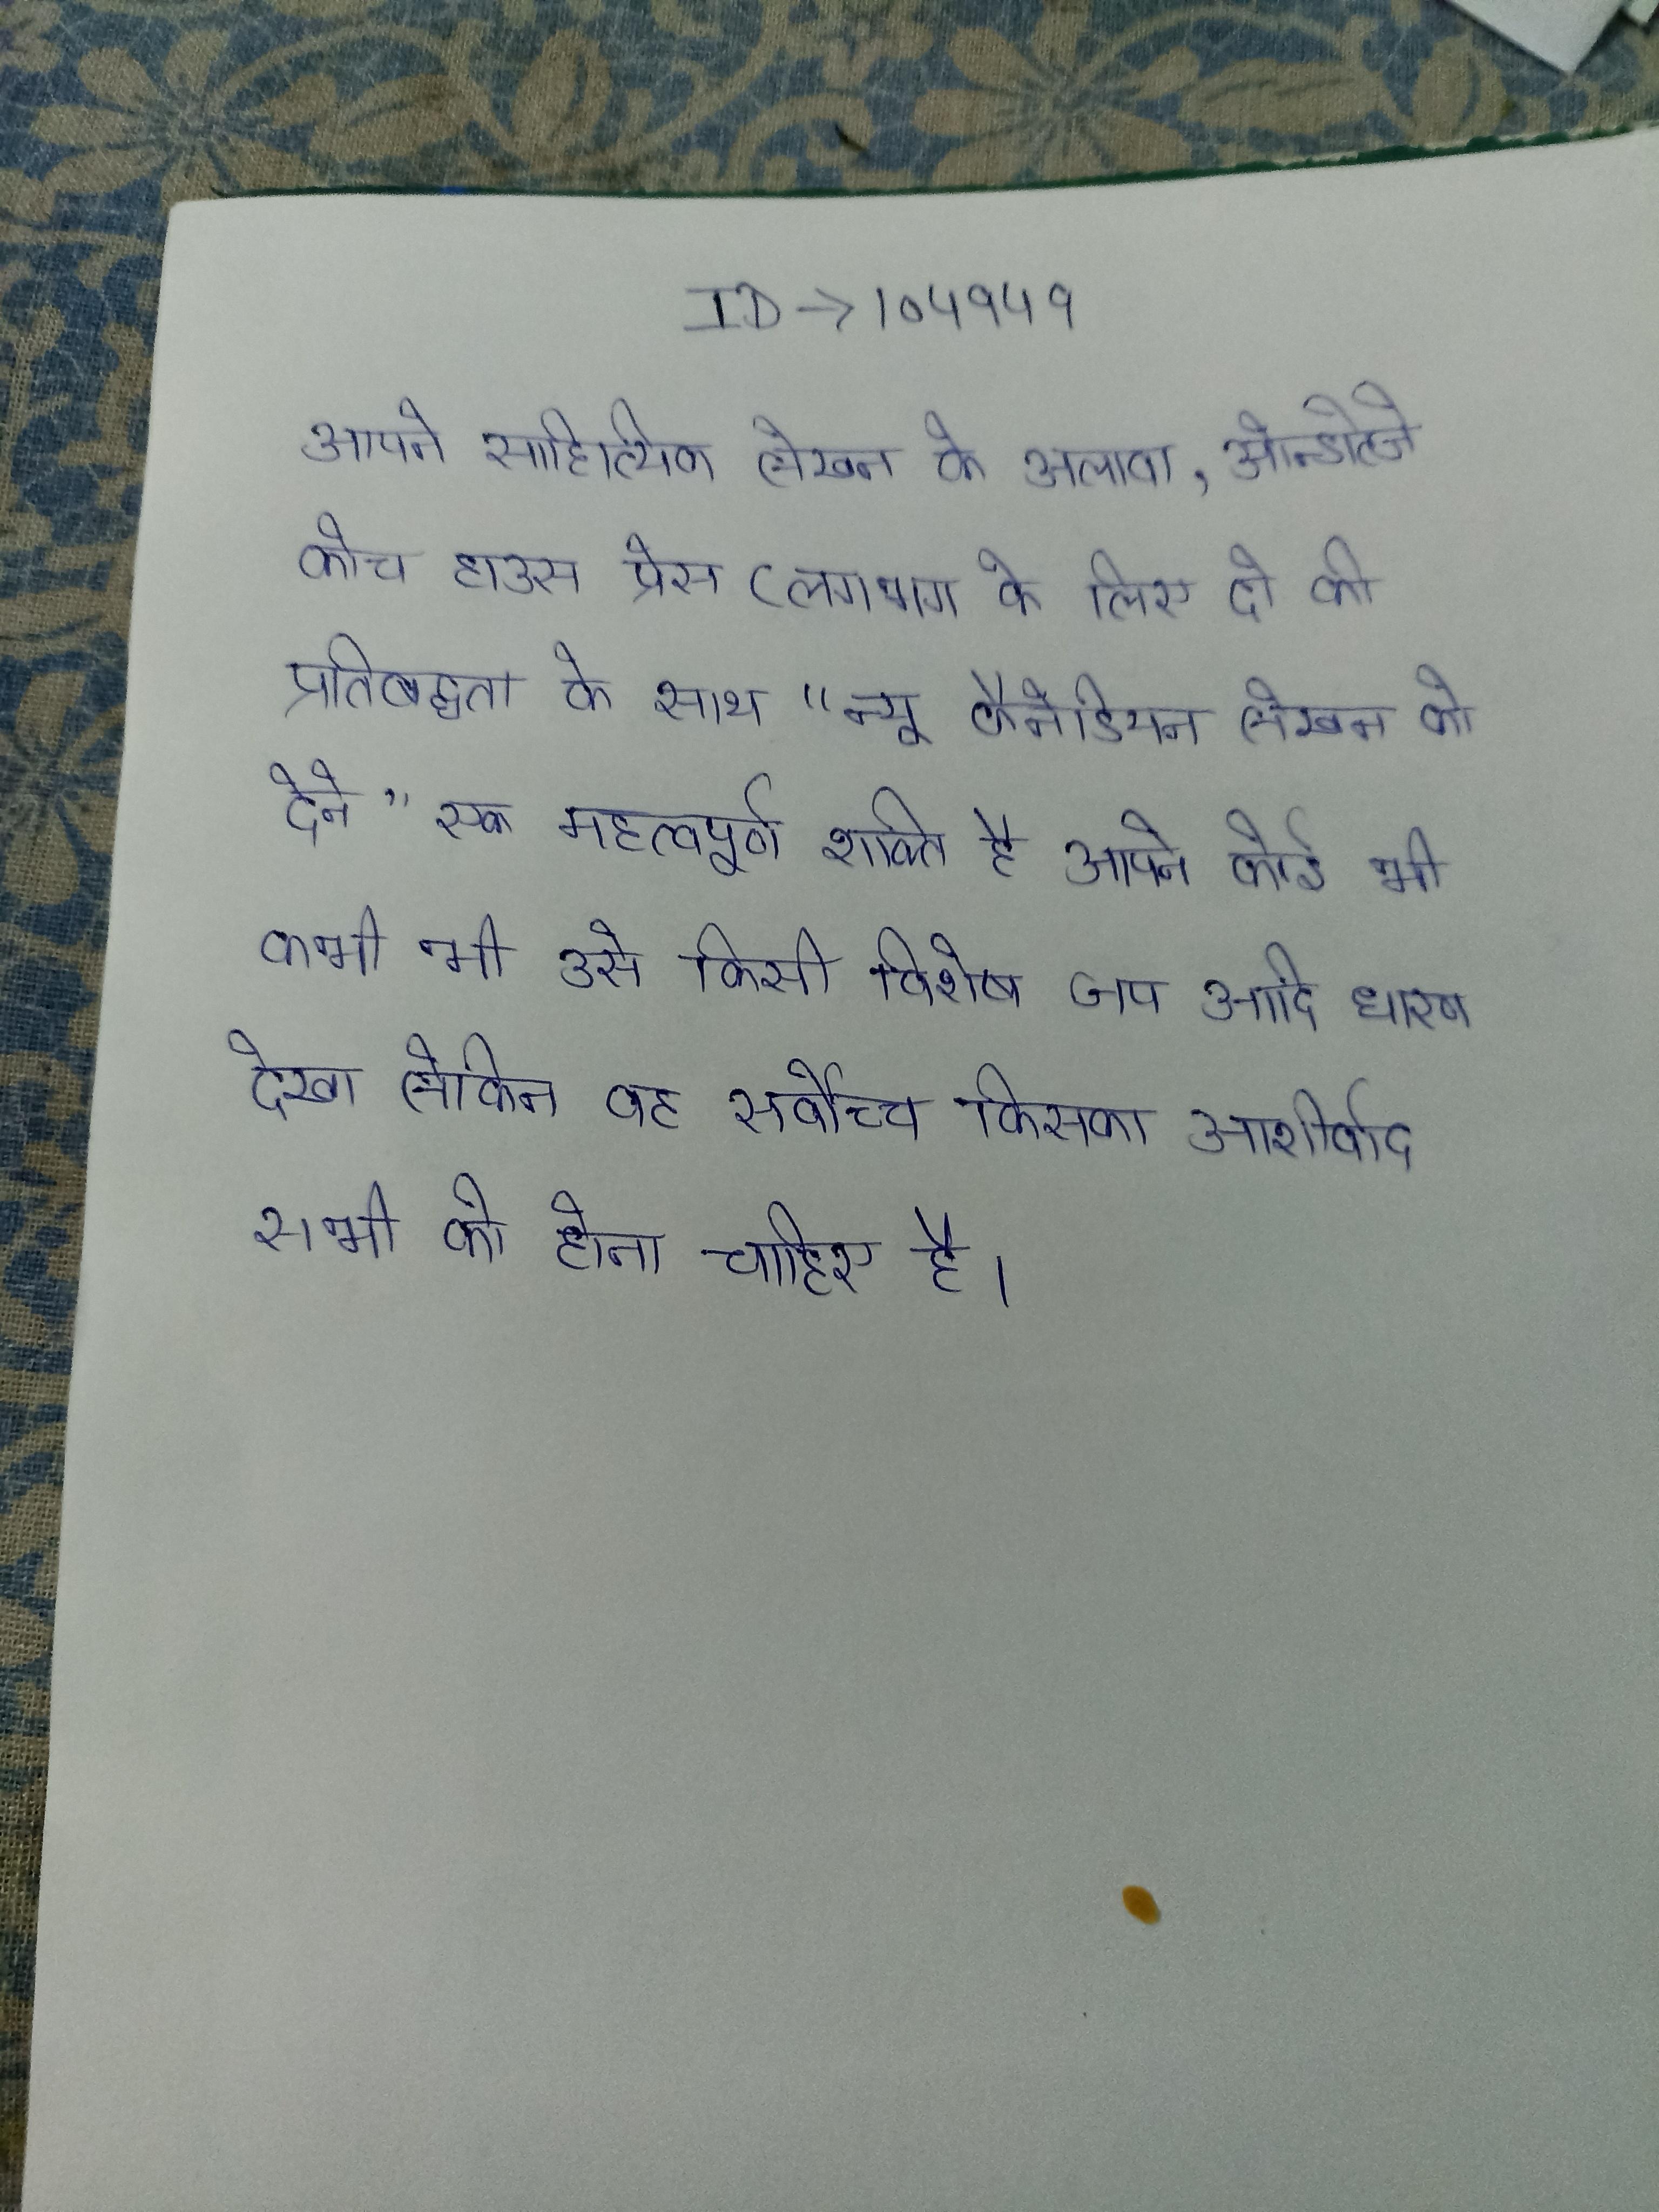
अपने साहित्यिक लेखन के अलावा, ओन्डाटेजे कोच हाउस प्रेस (लगभग के लिए दो की प्रतिबद्धता के साथ "न्यू कैनेडियन लेखन को देने" एक महत्वपूर्ण शक्ति है, अपने कोई भी कभी भी उसे किसी विशेष जप आदि धारण देखा लेकिन वह सर्वोच्च किसका आशीर्वाद सभी को होना चाहिए है ।